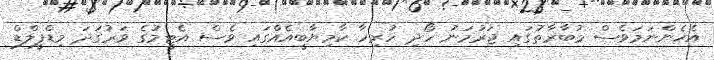
އެހެންނަމަވެސް މުބާރާތުގައި ޖަރުމަނު ހޯދި ހުރިހާ ކާމިޔާބީއެއްގައި ވެސް އެޓީމުގެ ވަރުގަދަ މިޑްފީލްޑް